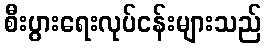
စီးပွားရေးလုပ်ငန်းများသည်